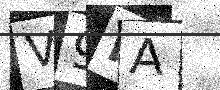
Text: V9KA